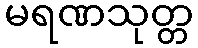
မရဏသုတ္တ